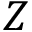
Z